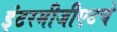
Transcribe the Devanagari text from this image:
इंटरमीजीएटचे